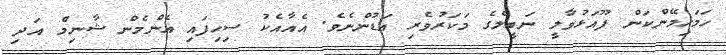
ހަމަހިމޭންކަން ފޫއަޅުވާލީ ނަބީލްގެ މަކަރުވެރި އަޑުންނެވެ. އެއާއެކު ސިހިފައި އެންމެން ޝާނިމްް އަދި